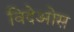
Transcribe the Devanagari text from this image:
विदेओस